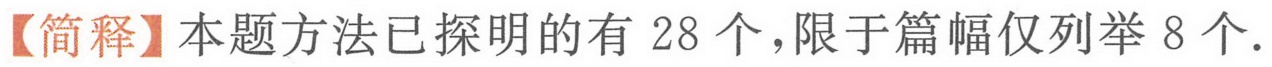
【简释】本题方法已探明的有 \(28\) 个，限于篇幅仅列举 \(8\) 个.